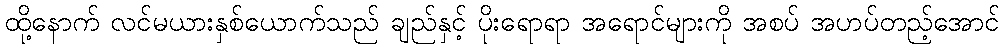
ထို့နောက် လင်မယားနှစ်ယောက်သည် ချည်နှင့် ပိုးရောရာ အရောင်များကို အစပ် အဟပ်တည့်အောင်